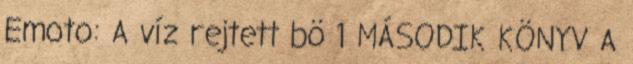
Emoto: A víz rejtett bö 1 MÁSODIK KÖNYV A